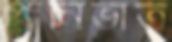
পানিভাত